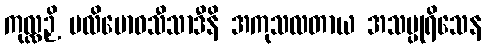
ကုလ္လဉှိ ပလိဗောဓသီသာဒီနိ အကုသလတာယ အသပ္ပုရိသေန